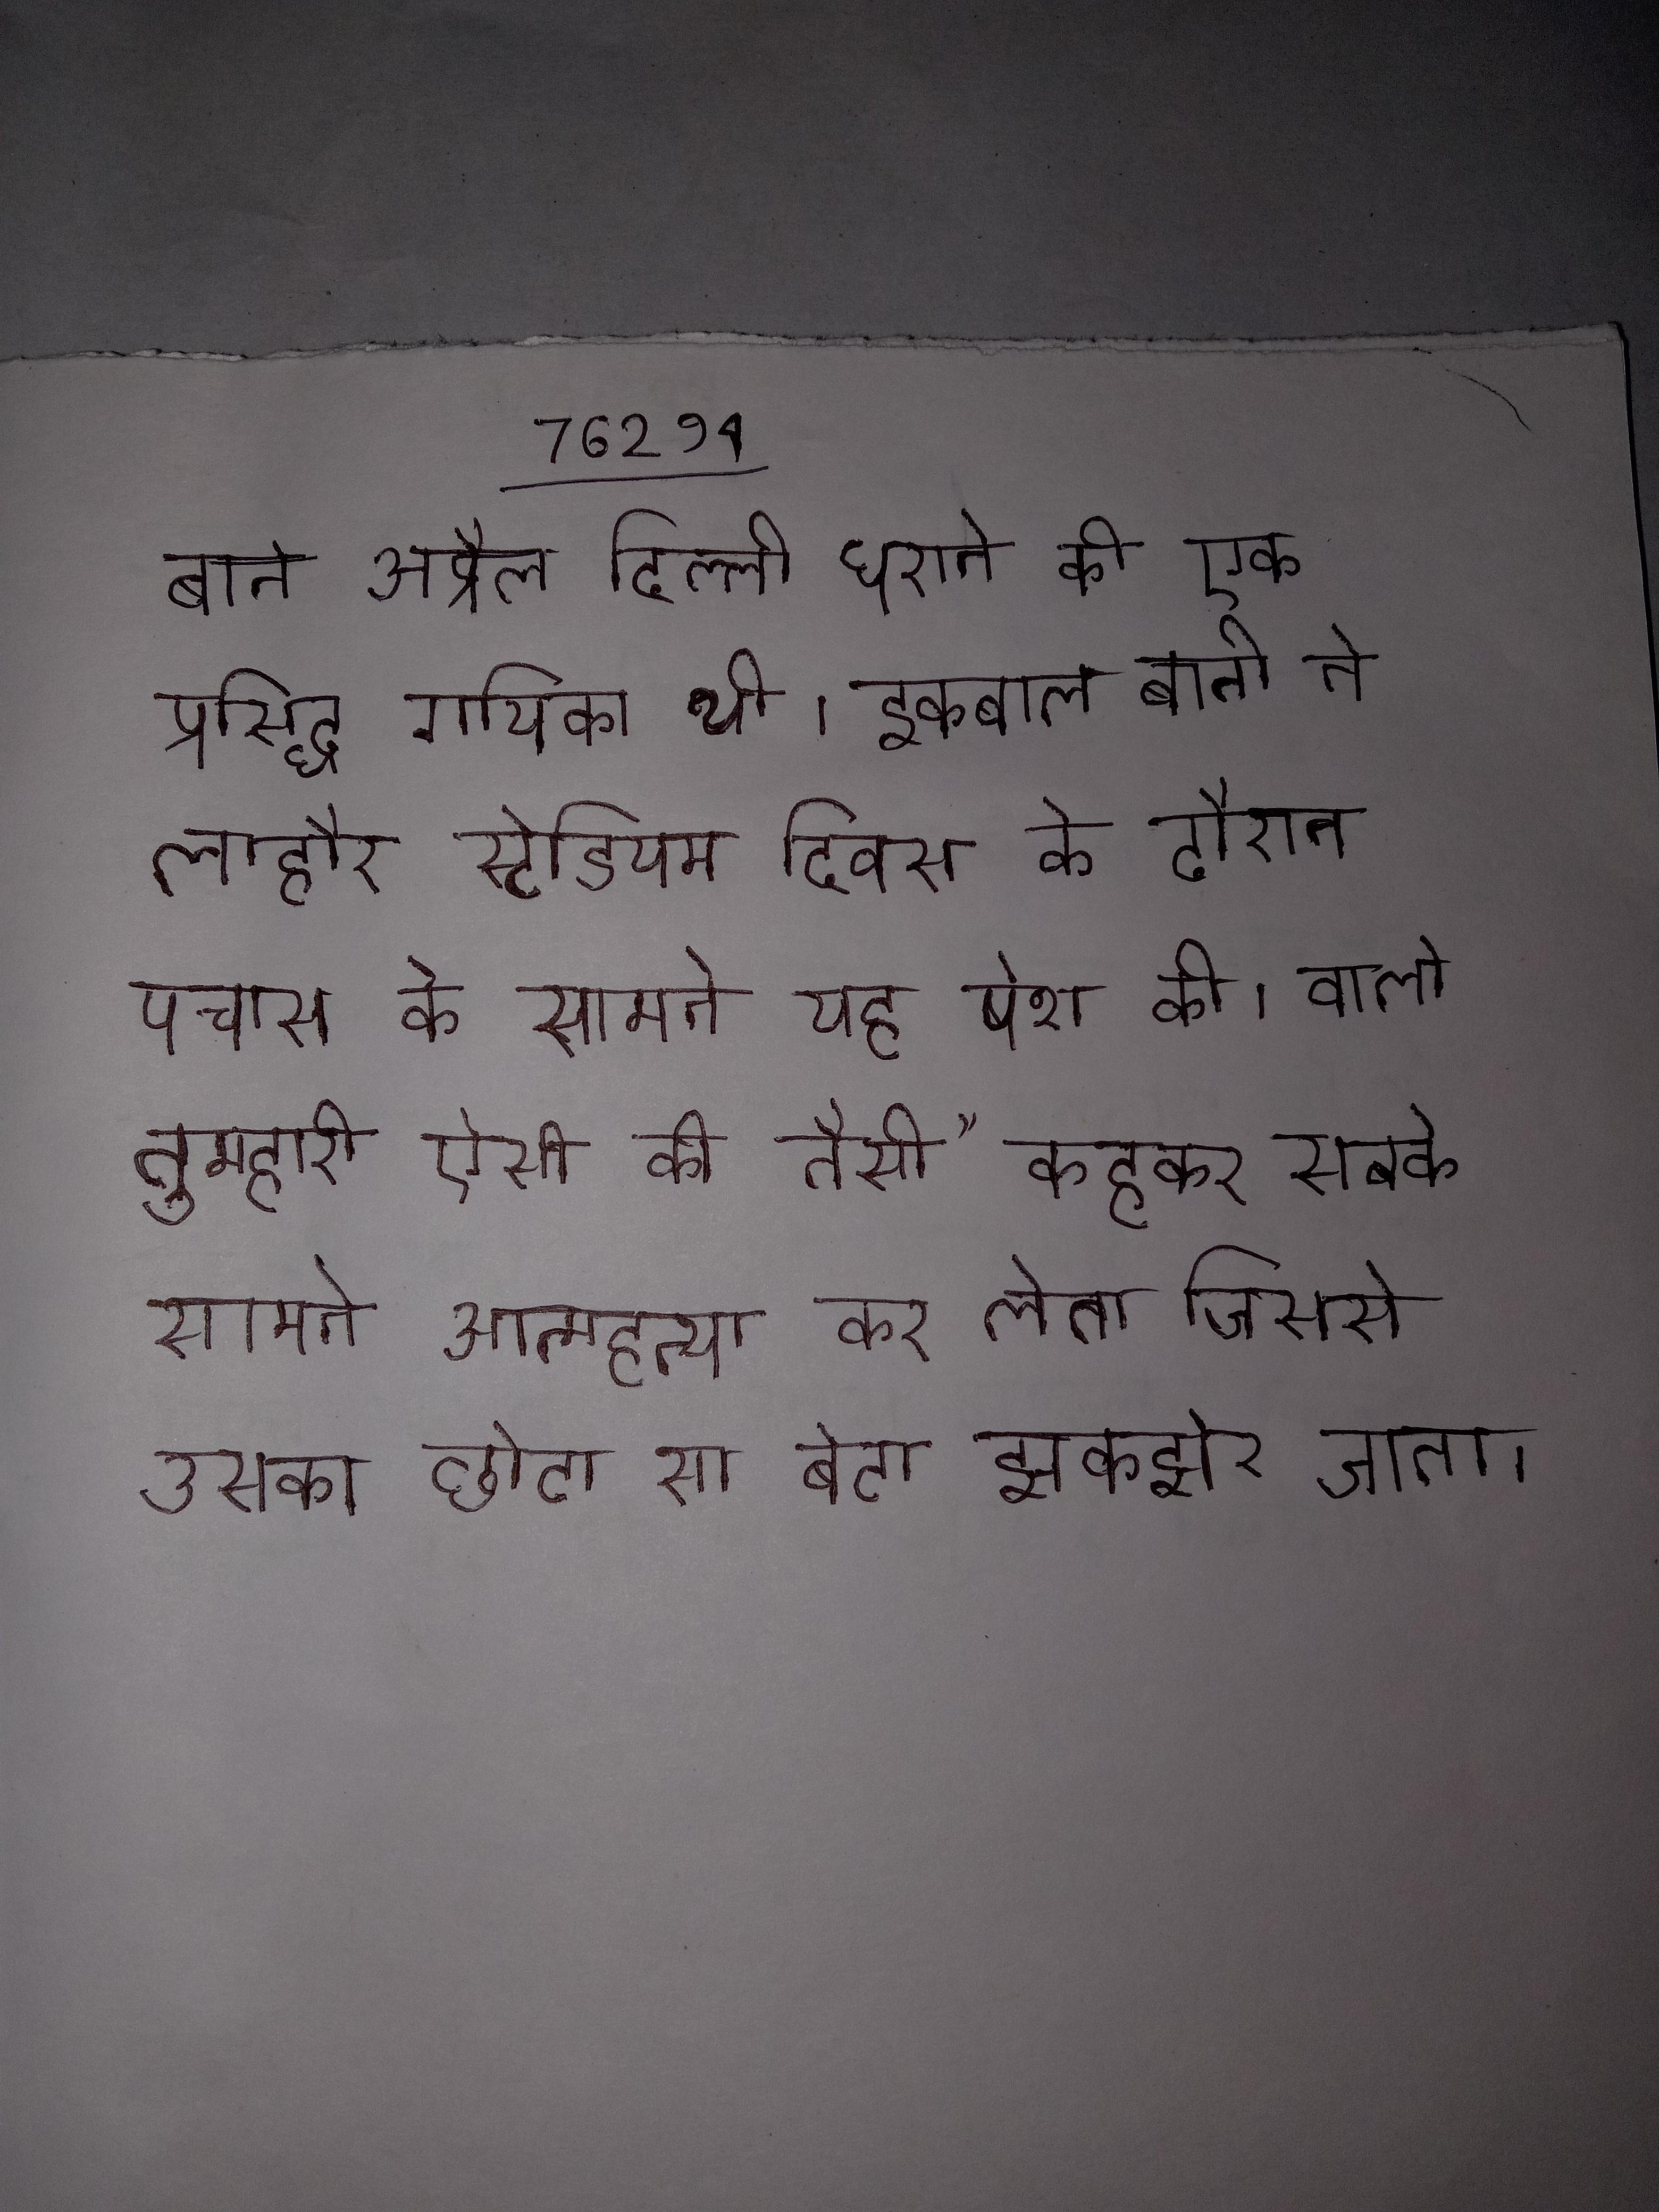
बानो अप्रैल दिल्ली घराने की एक प्रसिद्ध गायिका थी । इकबाल बानो ने लाहौर स्टेडियम दिवस के दौरान पचास के सामने यह पेश की । वालो तुम्हारी ऐसी की तैसी" कहकर सबके सामने आत्महत्या कर लेता जिससे उसका छोटा सा बेटा झकझोर जाता ।